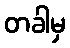
တခါမှ